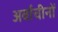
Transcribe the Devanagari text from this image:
अर्वाचीनों